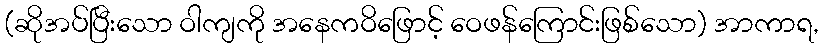
(ဆိုအပ်ပြီးသော ဝါကျကို အနေကဝိဖြောင့် ဝေဖန်ကြောင်းဖြစ်သော) အာကာရ,